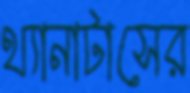
থ্যানাটাসের